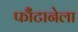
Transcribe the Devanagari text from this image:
फौंटानेला